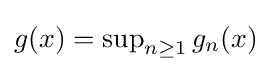
\textstyle g(x)=\sup _{n\geq 1}g_{n}(x)